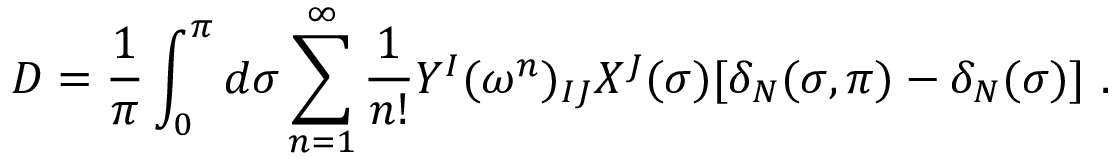
D = \frac { 1 } { \pi } \int _ { 0 } ^ { \pi } d \sigma \sum _ { n = 1 } ^ { \infty } \frac { 1 } { n ! } Y ^ { I } ( \omega ^ { n } ) _ { I J } X ^ { J } ( \sigma ) [ \delta _ { N } ( \sigma , \pi ) - \delta _ { N } ( \sigma ) ] \ .